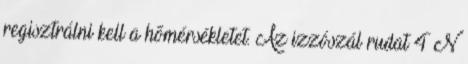
regisztrálni kell a hõmérsékletet. Az izzószál rudat 4 N